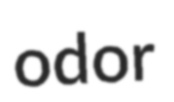
odor